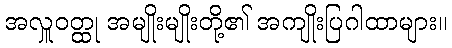
အလှူဝတ္ထု အမျိုးမျိုးတို့၏ အကျိုးပြဂါထာများ။